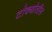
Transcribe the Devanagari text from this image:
टोक्योतील